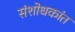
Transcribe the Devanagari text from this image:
संशोधकांत